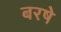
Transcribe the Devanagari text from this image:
बरषे